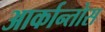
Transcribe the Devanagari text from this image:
आर्कान्तोस